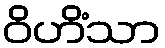
ဝိဟိံသာ